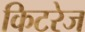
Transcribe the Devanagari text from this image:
किटरेज